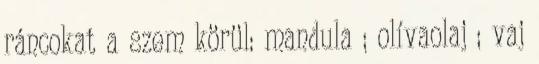
ráncokat a szem körül: mandula ; olívaolaj ; vaj